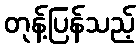
တုန့်ပြန်သည့်